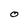
Character: O